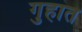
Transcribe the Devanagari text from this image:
गुहात